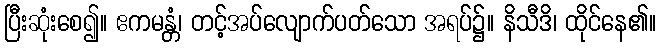
ပြီးဆုံးစေ၍။ ဧကမန္တံ၊ တင့်အပ်လျောက်ပတ်သော အရပ်၌။ နိသီဒိ၊ ထိုင်နေ၏။